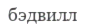
бэдвилл